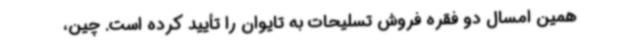
همین امسال دو فقره فروش تسلیحات به تایوان را تأیید کرده است. چین،